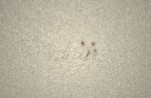
edilib.